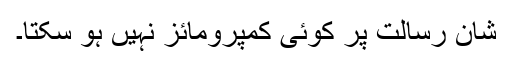
شان رسالت پر کوئی کمپرومائز نہیں ہو سکتا۔